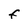
Character: f